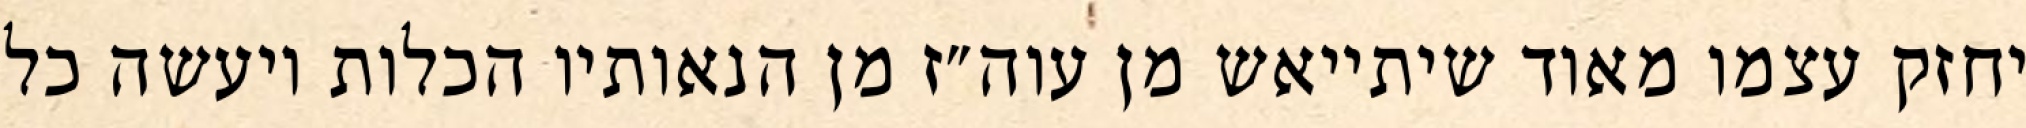
יחזק עצמו מאוד שיתייאש מן עוה״ז מן הנאותיו הכלות ויעשה כל